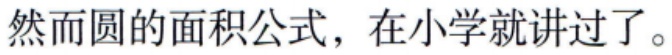
然而圆的面积公式，在小学就讲过了。